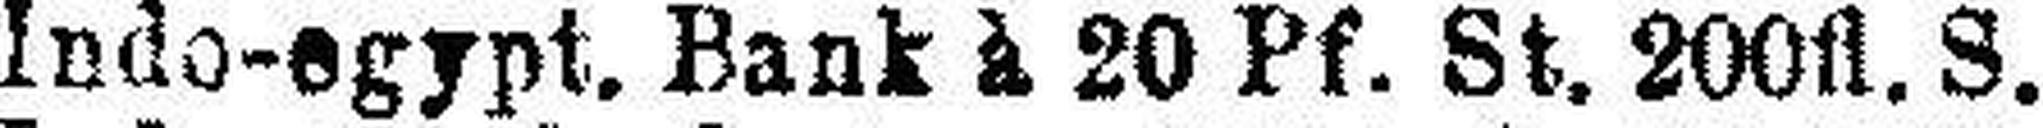
Indo-egypt. Bank à 20 Pf. St. 200fl. S.